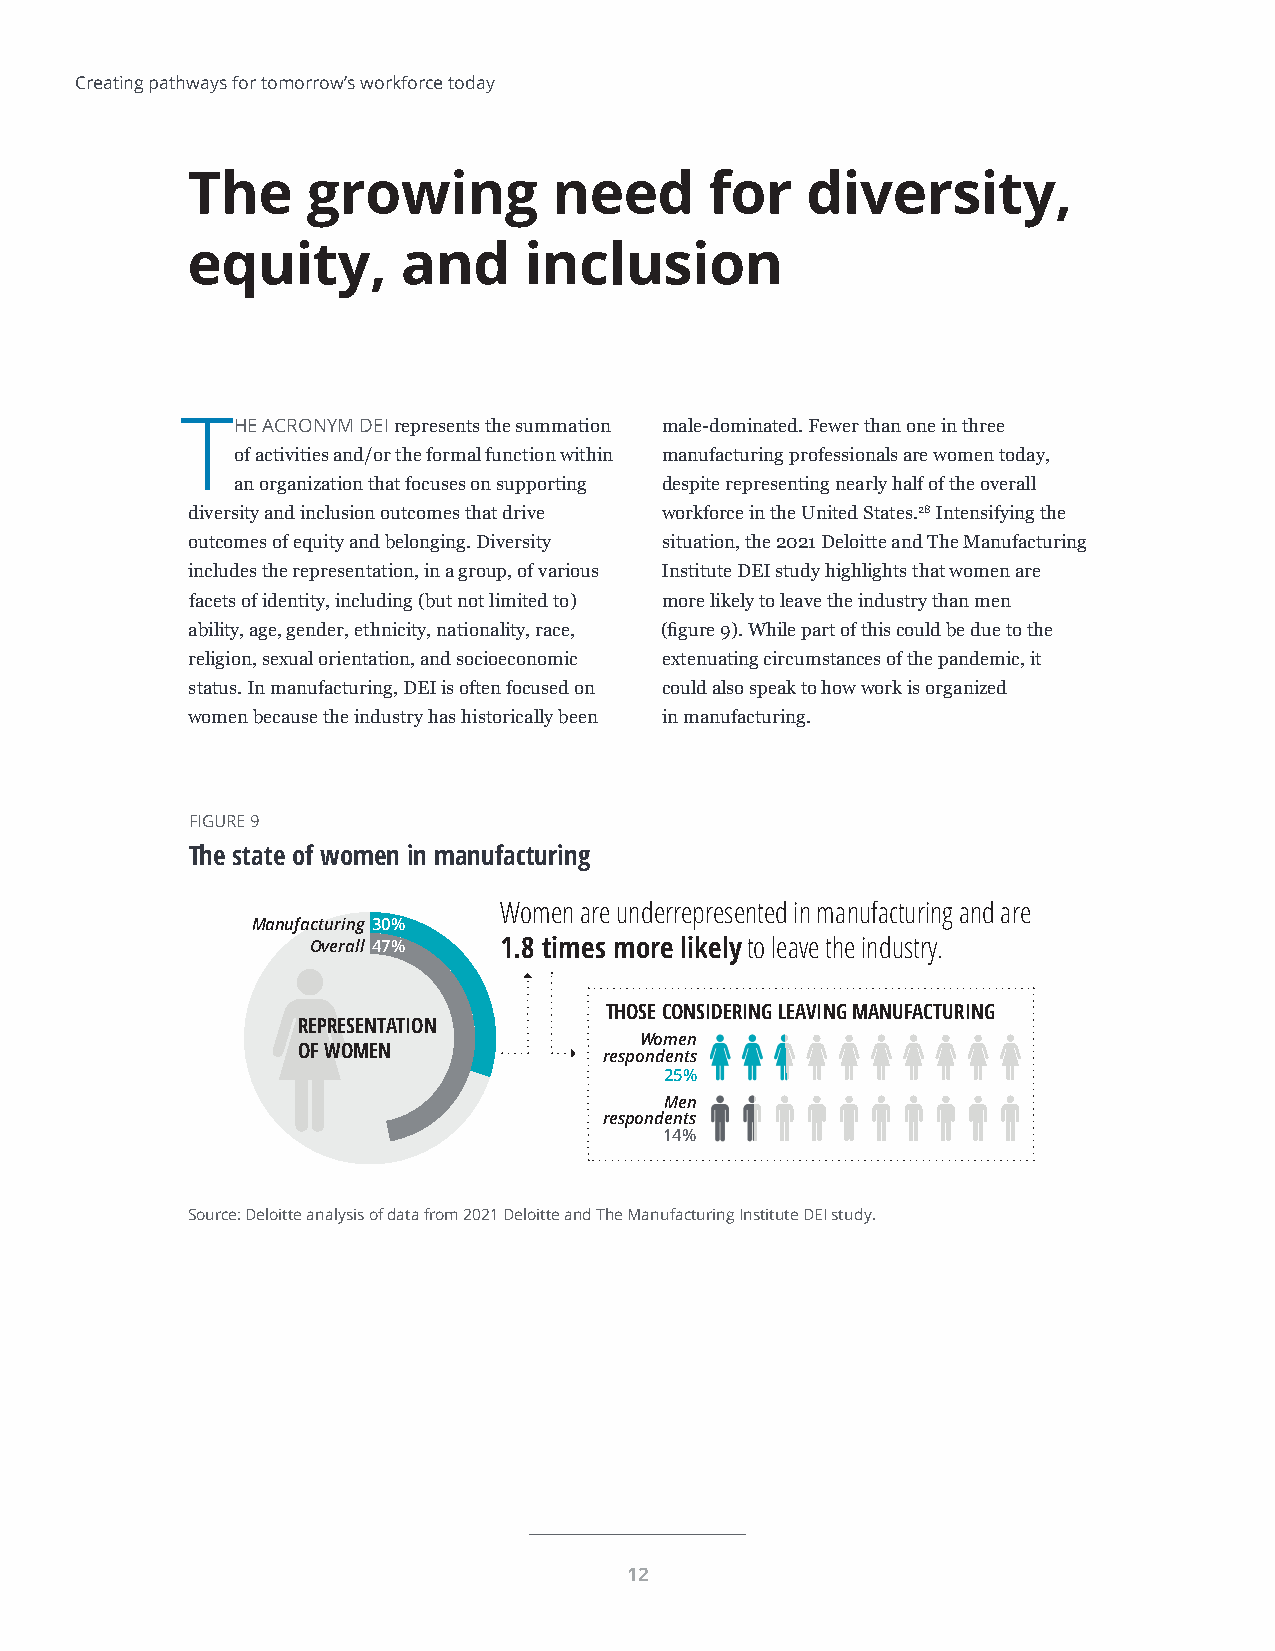
Creating pathways for tomorrow’s workforce today
 The     growing          need      for   diversity,
 equity,        and     inclusion
 THE  ACRONYM DEI represents the summation male-dominated. Fewer than one in three
 of activities and/or the formal function within manufacturing professionals are women today,
 an organization that focuses on supporting despite representing nearly half of the overall
 diversity and inclusion outcomes that drive workforce in the United States.28 Intensifying the
 outcomes of equity and belonging. Diversity situation, the 2021 Deloitte and The Manufacturing
 includes the representation, in a group, of various Institute DEI study highlights that women are
 facets of identity, including (but not limited to) more likely to leave the industry than men
 ability, age, gender, ethnicity, nationality, race, (figure 9). While part of this could be due to the
 religion, sexual orientation, and socioeconomic extenuating circumstances of the pandemic, it
 status. In manufacturing, DEI is often focused on could also speak to how work is organized
 women because the industry has historically been in manufacturing.
 FIGURE 9
 The state of women in manufacturing
 Women are underrepresented in manufacturing and are
 Manufacturing 30%
 Overall 47% 1.8 times more likely to leave the industry.
 THOSE CONSIDERING LEAVING MANUFACTURING
 REPRESENTATION
 Women
 OF WOMEN
 respondents
 25%
 Men
 respondents
 14%
 Source: Deloitte analysis of data from 2021 Deloitte and The Manufacturing Institute DEI study.
 Deloitte Insights | deloitte.com/insights
 12